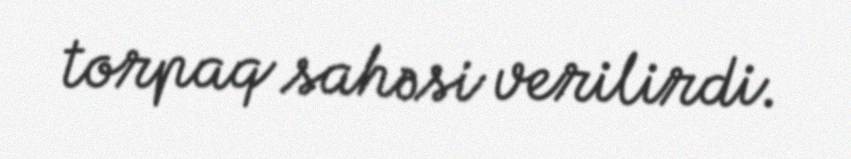
torpaq sahəsi verilirdi.